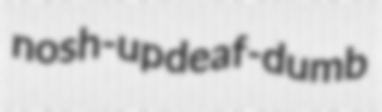
nosh-up deaf-dumb